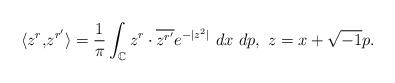
LaTeX: \begin{align*}\langle z^{r},& z^{r'}\rangle= \frac{1}{\pi}\int_{\mathbb{C}} z^{r} \cdot \overline{z^{r'}}e^{-|z^2|}\ dx\ dp,\ z = x + \sqrt{-1}p. \end{align*}